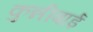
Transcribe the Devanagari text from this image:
कुन्नीबाई